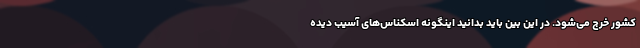
کشور خرج می‌شود. در این بین باید بدانید اینگونه اسکناس‌های آسیب دیده